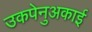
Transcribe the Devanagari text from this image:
उकपेनुअकाई